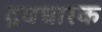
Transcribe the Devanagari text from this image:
द्रवधारक